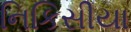
નિકિસીયા